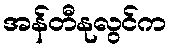
အန်တီနုလွင်က